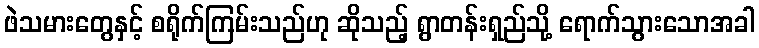
ဖဲသမားတွေနှင့် စရိုက်ကြမ်းသည်ဟု ဆိုသည့် ရွာတန်းရှည်သို့ ရောက်သွားသောအခါ